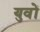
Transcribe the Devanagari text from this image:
युवों